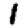
Digit: 1